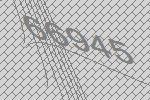
66945